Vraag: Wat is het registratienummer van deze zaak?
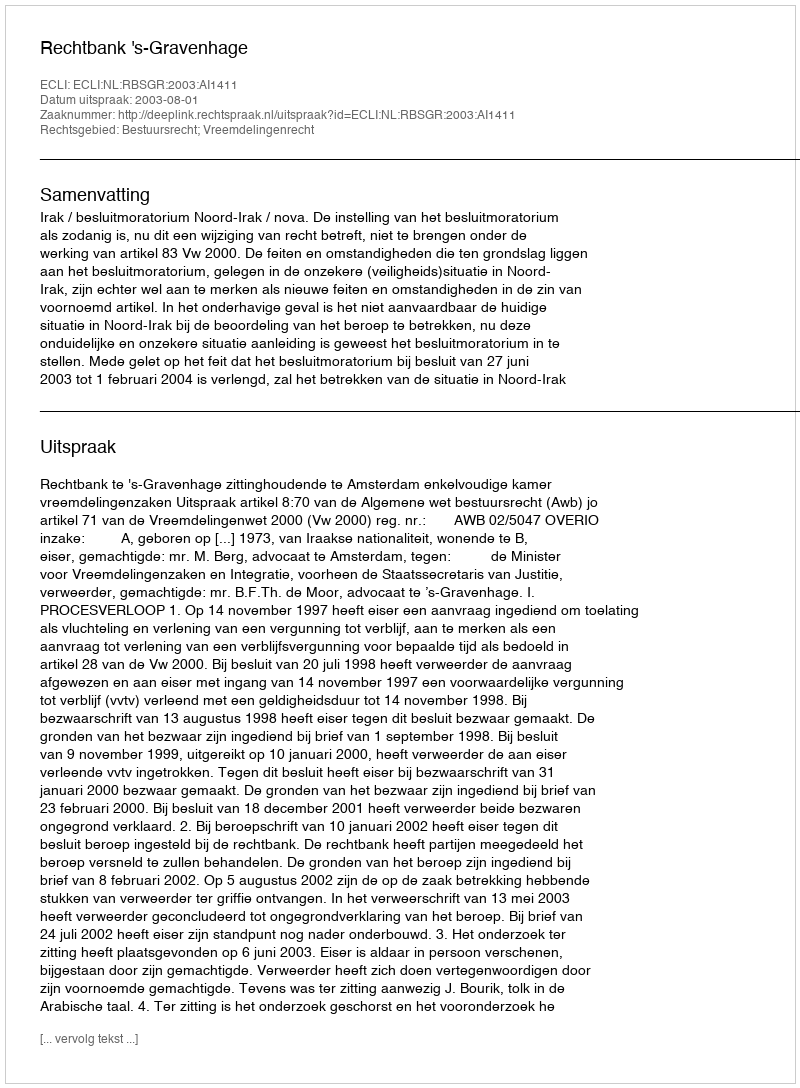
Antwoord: http://deeplink.rechtspraak.nl/uitspraak?id=ECLI:NL:RBSGR:2003:AI1411